Document type: Sale
Year: 1290
Scribe: Miquel Rotllan
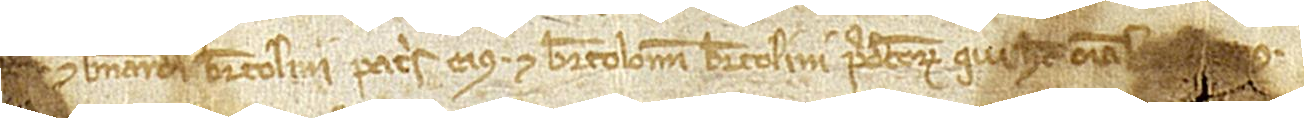
[Sig+++na Raimunde] et Bernardi Bertolini, patris eius, et Bartolomei Bertolini, predictorum, qui hec omnia l[audam]us.